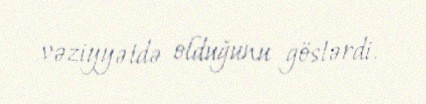
vəziyyətdə olduğunu göstərdi.